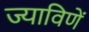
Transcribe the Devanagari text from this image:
ज्याविणें